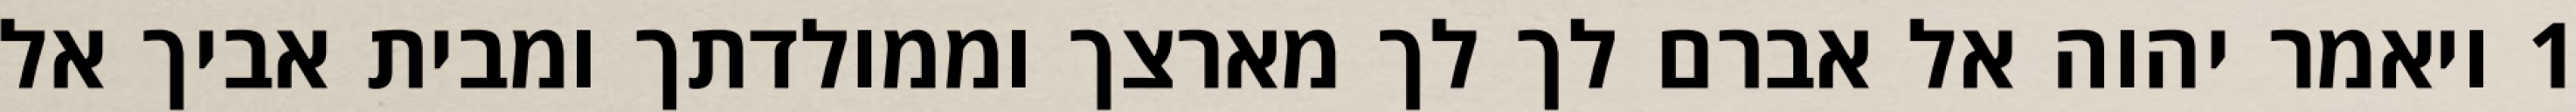
1 ויאמר יהוה אל אברם לך לך מארצך וממולדתך ומבית אביך אל